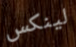
لينكس